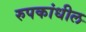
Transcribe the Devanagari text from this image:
रुपकांधील